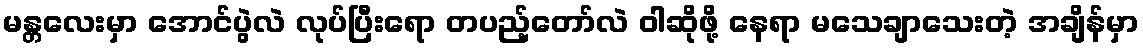
မန္တလေးမှာ အောင်ပွဲလဲ လုပ်ပြီးရော တပည့်တော်လဲ ဝါဆိုဖို့ နေရာ မသေချာသေးတဲ့ အချိန်မှာ